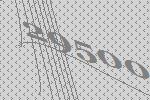
29500